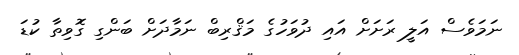
ނަމަވެސް އަލީ ރަށަށް އައި ދުވަހުގެ މަޤްރިބް ނަމާދަށް ބަންގި ގޮވިތާ ކުޑަ